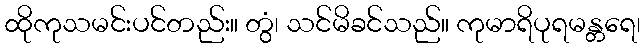
ထိုကုသမင်းပင်တည်း။ တွံ၊ သင်မိခင်သည်။ ကုမာရိပုရမန္တရေ၊